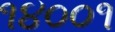
૧૪૦૦૧